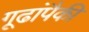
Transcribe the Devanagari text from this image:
गूढांपैकी